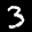
Label: 3